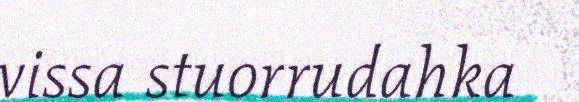
vissa stuorrudahka